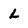
Character: L